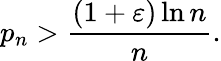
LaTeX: p_{n}>{\frac{(1+\varepsilon)\ln n}{n}}.